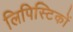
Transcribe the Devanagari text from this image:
लिपिस्टिकों